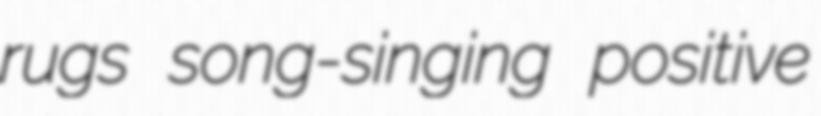
rugs song-singing positive